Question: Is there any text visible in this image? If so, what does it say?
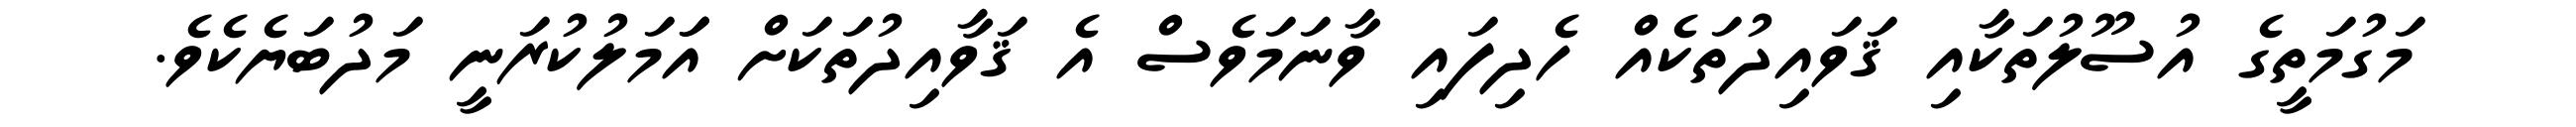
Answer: މަގުމަތީގެ އުސޫލުތަކާއި ޤަވައިދުތަކެއް ހެދިފައި ވާނަމަވެސް އެ ޤަވާއިދުތަކަށް އަަމަލުކުރަނީ މަދުބަޔެކެވެ.